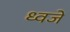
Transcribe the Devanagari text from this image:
ध्वजे